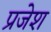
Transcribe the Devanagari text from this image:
प्रजेश